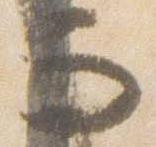
而